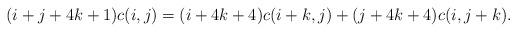
LaTeX: \begin{align*}(i+j+4k+1)c(i,j)=(i+4k+4)c(i+k,j)+(j+4k+4)c(i,j+k).\end{align*}